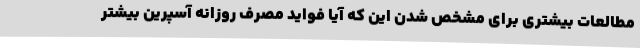
مطالعات بیشتری برای مشخص شدن این که آیا فواید مصرف روزانه آسپرین بیشتر